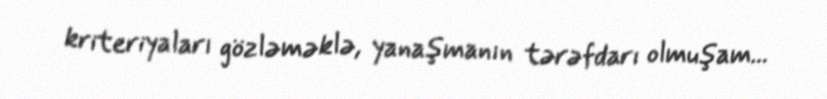
kriteriyaları gözləməklə, yanaşmanın tərəfdarı olmuşam...